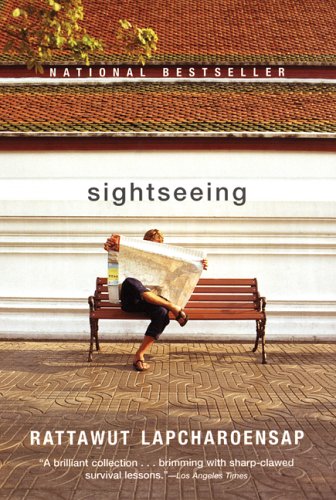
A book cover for Sightseeing; Rattawut Lapcharoensap; Travel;